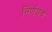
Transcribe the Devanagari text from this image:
निर्णयच